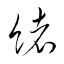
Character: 緒